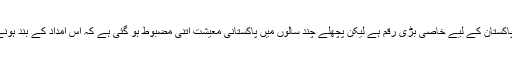
ماہرین معیشت کے مطابق ایک ارب ڈالر سالانہ پاکستان کے لیے خاصی بڑی رقم ہے لیکن پچھلے چند سالوں میں پاکستانی معیشت اتنی مضبوط ہو گئی ہے کہ اس امداد کے بند ہونے سے پہنچنے والے دھچکے کو برداشت کر لے۔